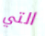
التي